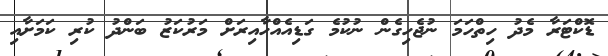
ޑޮކްޓަރާ މެދު ހިތްހަމަ ނުޖެހިގެން ނުކުމެ ގަޑިއެއްހާއިރަށް މަރުކަޒު ބަންދު ކުރި ކަމަށާއި